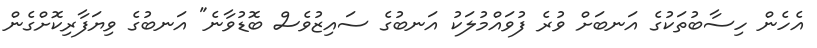
އެހެން ހިސާބުތަކުގެ އަނބަށް ވުރެ ފުވައްމުލަކު އަނބުގެ ސައިޒުވެސް ބޮޑުވާނެ" އަނބުގެ ވިޔަފާރިކޮށްގެން